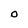
Character: O